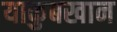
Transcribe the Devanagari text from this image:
याकुबखान